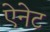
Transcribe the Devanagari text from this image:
ऐनेट